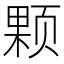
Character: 颗